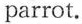
parrot.